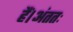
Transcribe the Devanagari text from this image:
हैं।अंततः